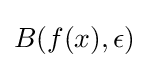
B(f(x),\epsilon )